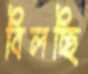
বিলচ্ছি